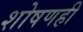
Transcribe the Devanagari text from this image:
शोषणही